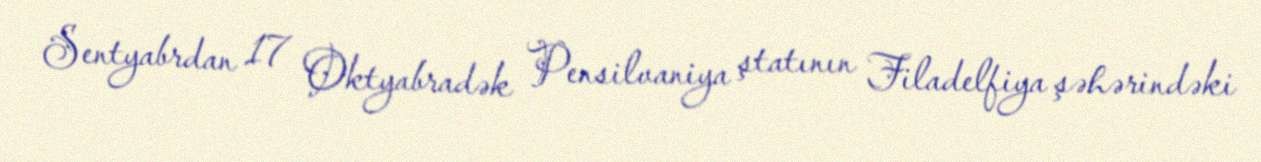
Sentyabrdan 17 Oktyabradək Pensilvaniya ştatının Filadelfiya şəhərindəki